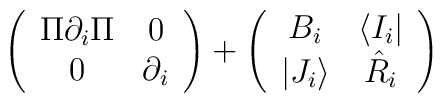
\left( \begin{array}{cc}\Pi\partial_{i}\Pi & 0\\0& \partial_{i} \end{array}\right)   + \left( \begin{array}{cc} B_{i} & \langle I_{i}| \\|J_{i}\rangle & \hat R_{i}  \end{array} \right)